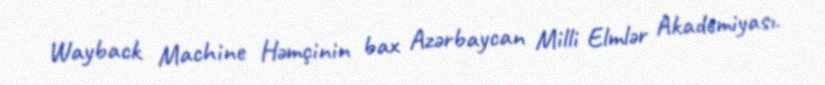
Wayback Machine Həmçinin bax Azərbaycan Milli Elmlər Akademiyası.